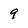
Character: 9